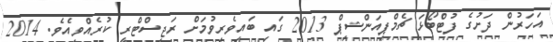
އަހަރުން ދަށުގެ ފުޓްބޯޅަ ޗެމްޕިއަންޝިޕް 2013 ގައި ބައިވެރިވުމަށް ރަޖިސްޓްރީ ކުރެއްވިއެވެ. 2014